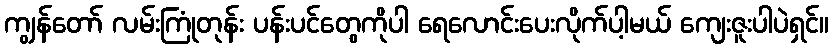
ကျွန်တော် လမ်းကြုံတုန်း ပန်းပင်တွေကိုပါ ရေလောင်းပေးလိုက်ပါ့မယ် ကျေးဇူးပါပဲရှင်။